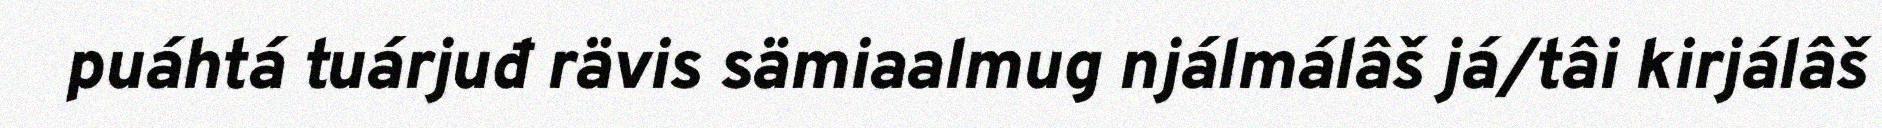
puáhtá tuárjuđ rävis sämiaalmug njálmálâš já/tâi kirjálâš